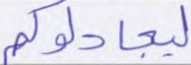
ليجادلوكم